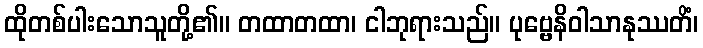
ထိုတစ်ပါးသောသူတို့၏။ တထာတထာ၊ ငါဘုရားသည်။ ပုဗ္ဗေနိဝါသာနုဿတိံ၊